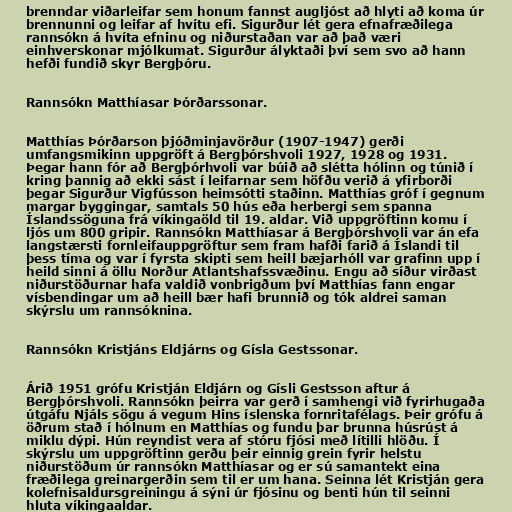
brenndar viðarleifar sem honum fannst augljóst að hlyti að koma úr
brennunni og leifar af hvítu efi. Sigurður lét gera efnafræðilega
rannsókn á hvíta efninu og niðurstaðan var að það væri
einhverskonar mjólkumat. Sigurður ályktaði því sem svo að hann
hefði fundið skyr Bergþóru.

Rannsókn Matthíasar Þórðarssonar.

Matthías Þórðarson þjóðminjavörður (1907-1947) gerði
umfangsmikinn uppgröft á Bergþórshvoli 1927, 1928 og 1931.
Þegar hann fór að Bergþórhvoli var búið að slétta hólinn og túnið í
kring þannig að ekki sást í leifarnar sem höfðu verið á yfirborði
þegar Sigurður Vigfússon heimsótti staðinn. Matthías gróf í gegnum
margar byggingar, samtals 50 hús eða herbergi sem spanna
Íslandssöguna frá víkingaöld til 19. aldar. Við uppgröftinn komu í
ljós um 800 gripir. Rannsókn Matthíasar á Bergþórshvoli var án efa
langstærsti fornleifauppgröftur sem fram hafði farið á Íslandi til
þess tíma og var í fyrsta skipti sem heill bæjarhóll var grafinn upp í
heild sinni á öllu Norður Atlantshafssvæðinu. Engu að síður virðast
niðurstöðurnar hafa valdið vonbrigðum því Matthías fann engar
vísbendingar um að heill bær hafi brunnið og tók aldrei saman
skýrslu um rannsóknina.

Rannsókn Kristjáns Eldjárns og Gísla Gestssonar.

Árið 1951 grófu Kristján Eldjárn og Gísli Gestsson aftur á
Bergþórshvoli. Rannsókn þeirra var gerð í samhengi við fyrirhugaða
útgáfu Njáls sögu á vegum Hins íslenska fornritafélags. Þeir grófu á
öðrum stað í hólnum en Matthías og fundu þar brunna húsrúst á
miklu dýpi. Hún reyndist vera af stóru fjósi með lítilli hlöðu. Í
skýrslu um uppgröftinn gerðu þeir einnig grein fyrir helstu
niðurstöðum úr rannsókn Matthíasar og er sú samantekt eina
fræðilega greinargerðin sem til er um hana. Seinna lét Kristján gera
kolefnisaldursgreiningu á sýni úr fjósinu og benti hún til seinni
hluta víkingaaldar.